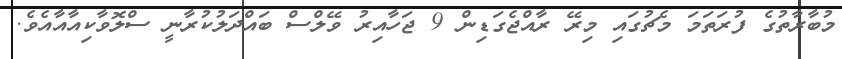
މުބާރާތުގެ ފުރަތަމަ މެޗުގައި މިރޭ ރާއްޖެގަޑިން 9 ޖަހާއިރު ވޭލްސް ބައްދަލުކުރާނީ ސްލޮވާކިއާއާއެވެ.